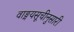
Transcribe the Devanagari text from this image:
वाङ्मयसूचीनुसारी